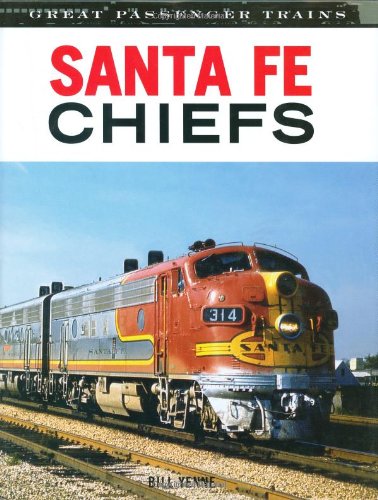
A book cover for Santa Fe Chiefs (Great Trains); Bill Yenne; Arts & Photography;